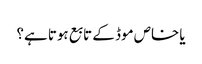
یا خاص موڈ کے تابع ہوتا ہے؟